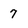
Character: 7